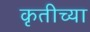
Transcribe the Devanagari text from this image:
कृतीच्या